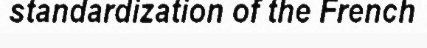
standardization of the French